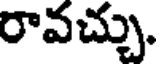
రావచ్చు.